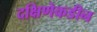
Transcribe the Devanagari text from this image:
दक्षिणेकडीन